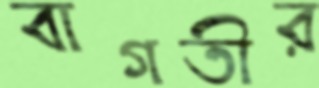
বাগতীর